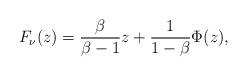
LaTeX: \begin{align*}F_{\nu}(z)=\frac{\beta}{\beta-1}z+\frac{1}{1-\beta}\Phi(z),\end{align*}